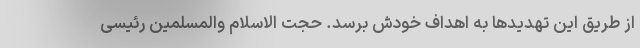
از طریق این تهدید‌ها به اهداف خودش برسد. حجت الاسلام والمسلمین رئیسی